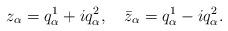
LaTeX: \begin{align*}z_\alpha = q^1_\alpha + i q^2_\alpha,\quad \bar z_\alpha =q^1_\alpha - iq^2_\alpha.\end{align*}